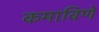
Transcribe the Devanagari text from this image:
कमाविणे